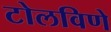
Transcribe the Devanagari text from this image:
टोलविणे